Paatsalu_vallavalitsus, lk 15
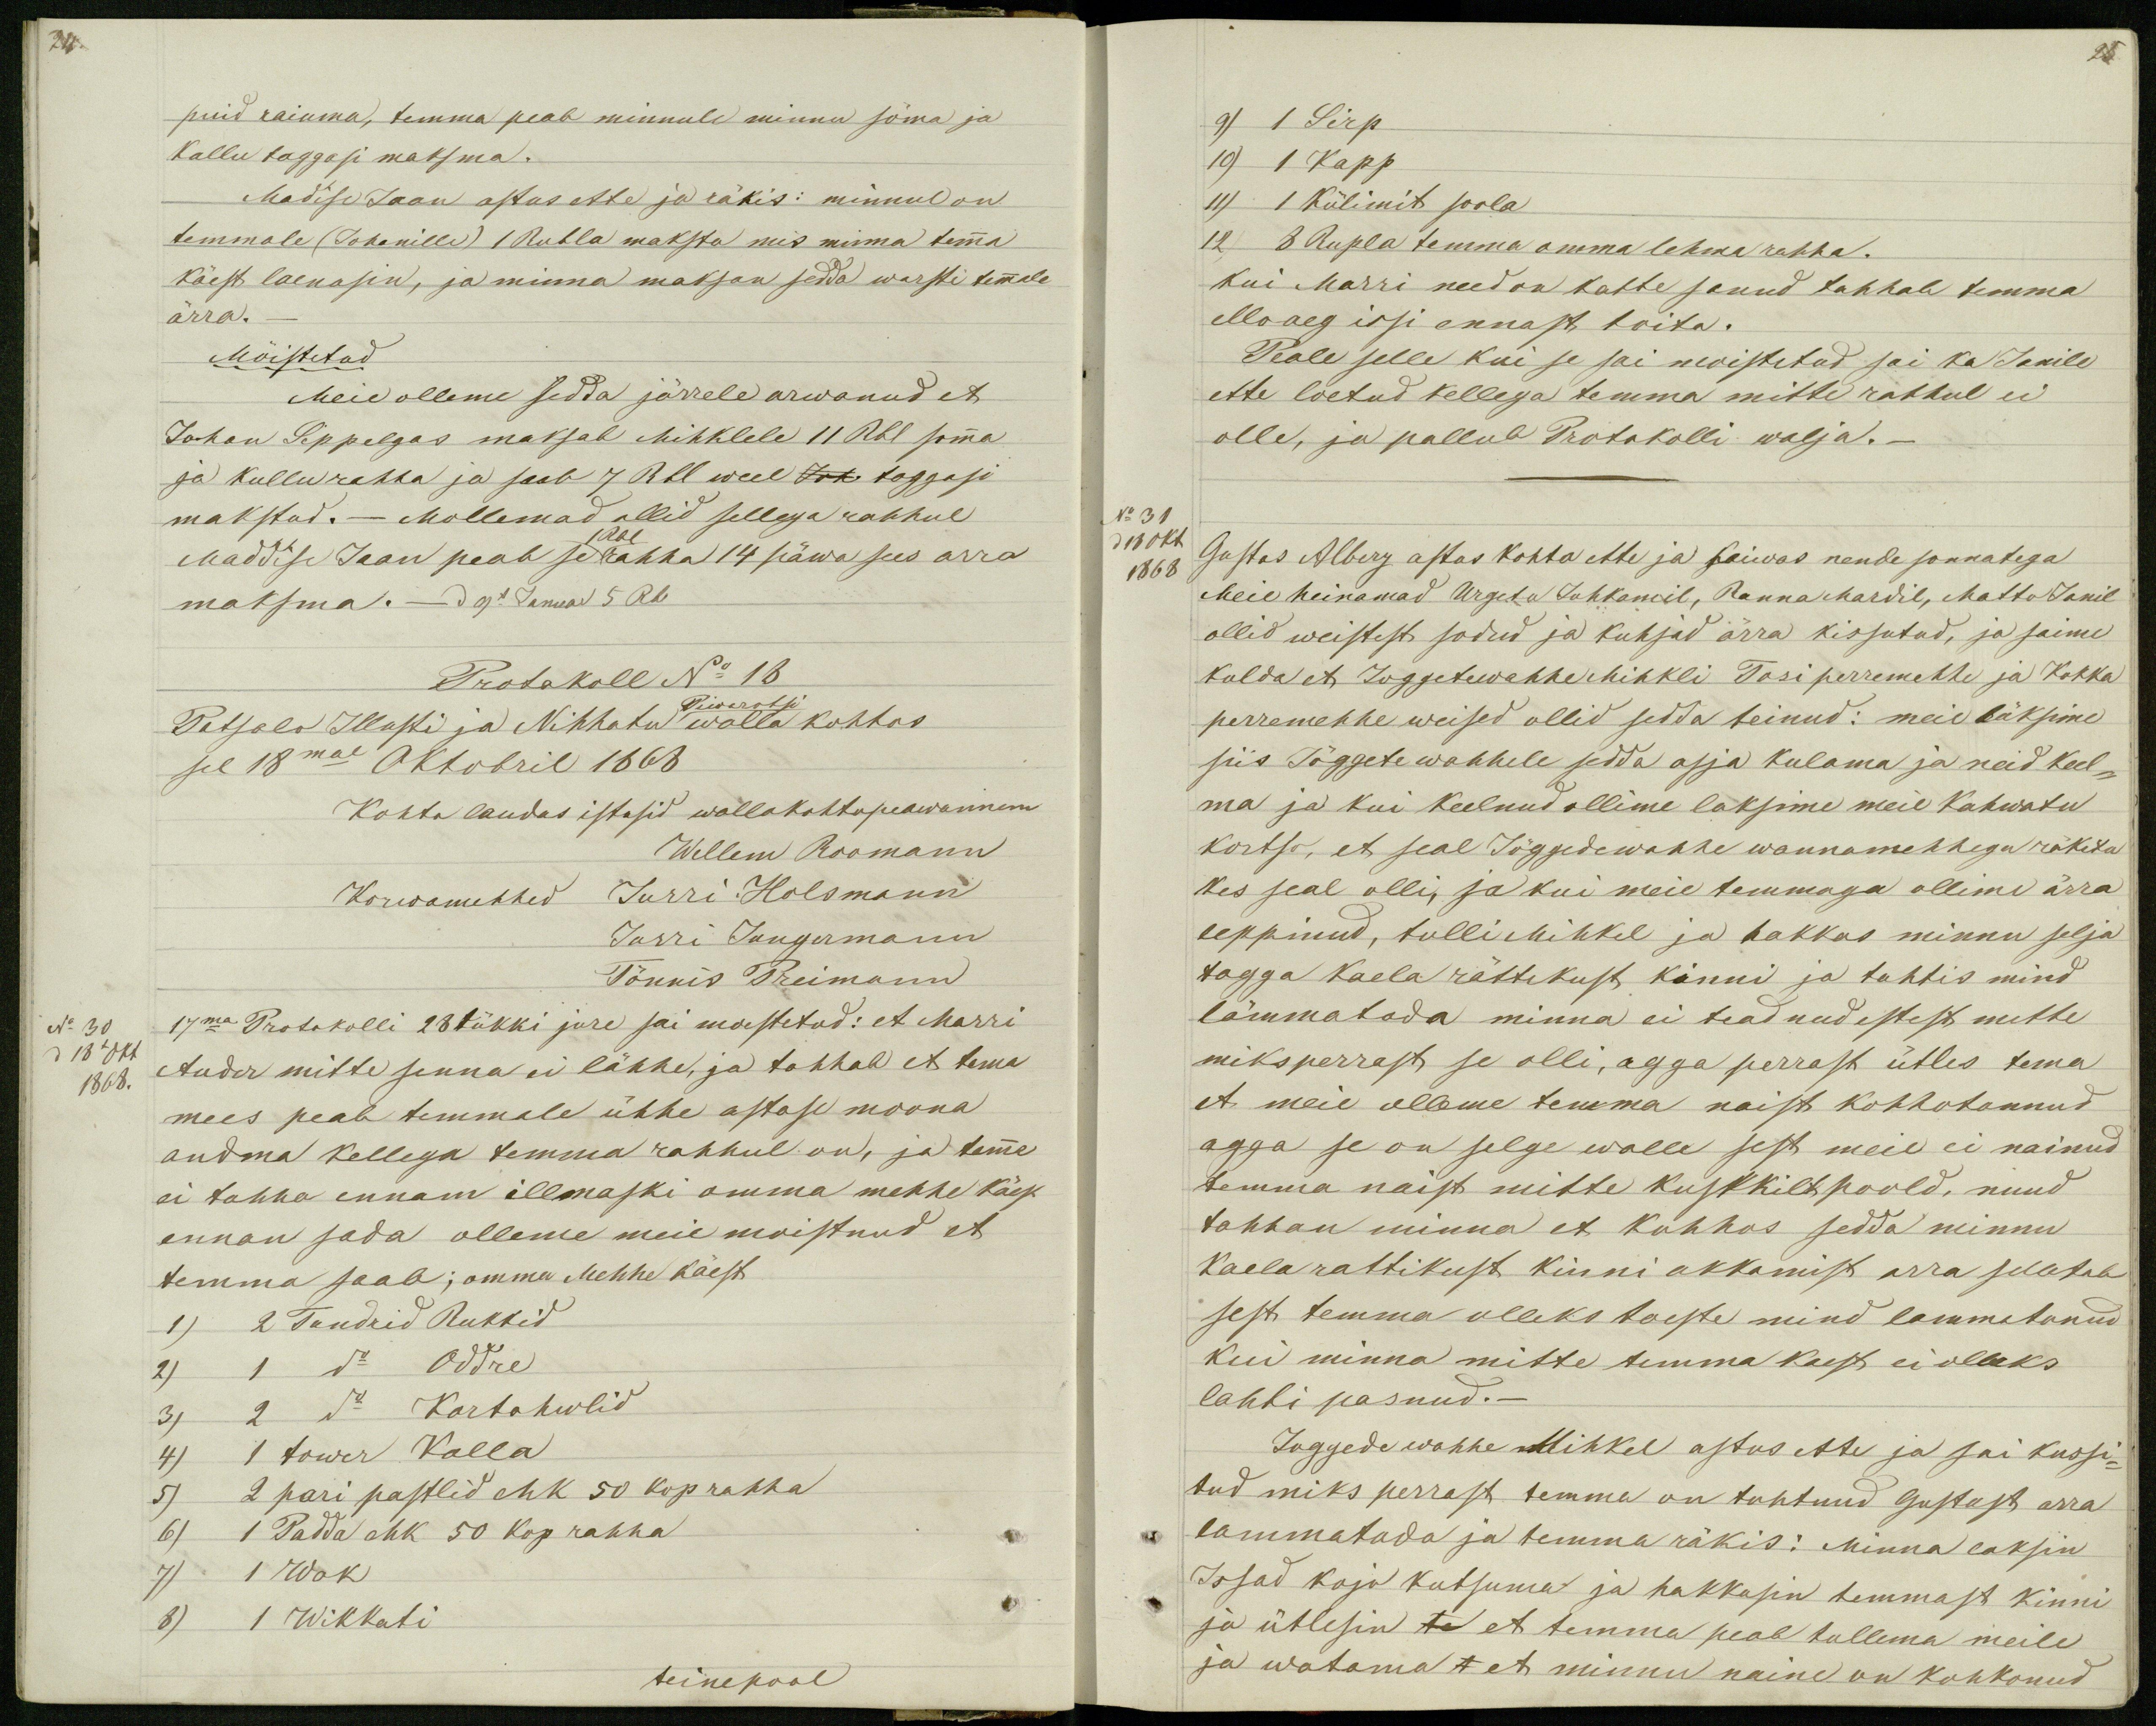
puid raiuma, temma peab minnule minnu söma ja
Kallu taggasi maksma.
Madise Jaan astus ette ja räkis: minnul on
temmale (Johanille) 1 Rubla maksta mis minna temma
käest laenasin, ja minna maksan sedda warsti temmale
ärra._
Mõistetud
Meie olleme sedda järrele arwanud et
Johan Sippelgas maksab Mihklele 11 Rbl somma
ja kullu rahha ja saab 7 Rbl weel Joh taggasi
makstud._ Mollemad ollid sellega rahhul
1 Rbl
Maddise Jaan peab se rahha 14 päwa sees arra
maksma. _ d 9l Januar 5 Rb
Protokoll No 18
Piwarotsi
Patsalo Illusti ja Nihhatu walla kohtos
sel 18mal Oktobril 1868
Kohto laudas istusid wallakohtopeawannem
Wellem Roomann
Korwamehhed Jurri Holsmann
Jurri Jungermann
Tönnis Preimann
No 30
17ma Protokolli 28 tükki jure sai moestetud: et Marri
18l okt.
1868.
Auder mitte senna ei lähhe, ja tahhab et tema
mees peab temmale ühhe astase moona
andma kellega temma rahhul on, ja temma
ei tahha ennam illmaski omma mehhe käest
ennan sada olleme meie moistnud et
temma saab; omma Mehhe käest
1) 2 Tundrid Rukkid
2) 1 do Oddre
3) 2 do Kartohwlid
4) 1 tower Kalla
5) 2 pari pastlid ehk 50 kop rahha
6) 1 Padda ehk 50 kop rahha
7) 1 Wok
8) 1 Wikkati
teinepool

25
9) 1 Sirp
10) 1 Kapp
11) 1 Külimit soola
12  8 Rupla temma omma lehma rahha.
kui Marri need on katte sanud tahhab temma
elloaeg issi ennast toita.
Peale selle kui se sai moistetud sai ka Janile
ette loetud kellega temma mitte rahhul ei
olle, ja pallub Protokolli walja.
No 31
d 18 okt
1868
Gustas Alberg astus kohto ette ja kaiwas nende sonnatega
Meie heinamad Urgetu Johkamil, Ranna Mardil, Matto Janil
ollid weistest sodud ja kuhjad ärra kissutud, ja saime
kulda et Joggetewahhe Mihkli Tosi perremehhe ja Kokka
perremehhe weised ollid sedda teinud: meie läksime
siis Jõggete wahhele sedda asja kulama ja neid keel-
ma ja kui keelnud ollime laksime meie Kahwatu
kortso, et seal Jõggedewahhe wannamehhega räkita
kes seal olli, ja kui meie temmaga ollime ärra
leppinud, tulli Mihkel ja hakkas minnu selja
tagga kaela rättikust kinni ja tahtis mind
lämmatada minna ei teadnud estest, mette
miksperrast se olli, agga perrast ütles tema
et meie olleme temma naist kohhotannud
agga se on selge walle sest meie ei nainud
temma naist mitte kustkilt poold, nuud
tahhan minna et kohhos sedda minnu
kaela rattikust kinni akkamist arra selletab
sest temma olleks toeste mind lammatanud
kui minna mitte temma kaest ei olleks
lahti pasnud._
Joggede wahhe Mihkel astus ette ja sai kussi-
tud miks perrast temma on tahtnud Gustast arra
lammatada ja temma räkis: Minna laksin
Issad kojo kutsuma ja hakkasin temmast kinni
ja ütlesin te et temma peab tullema meile
ja watama t et minnu naine on kohkonud